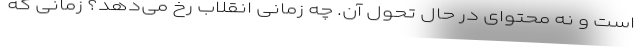
است و نه محتوای در حال تحول آن. چه زمانی انقلاب رخ می‌دهد؟ زمانی که